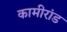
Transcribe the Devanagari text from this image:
कामीरांड